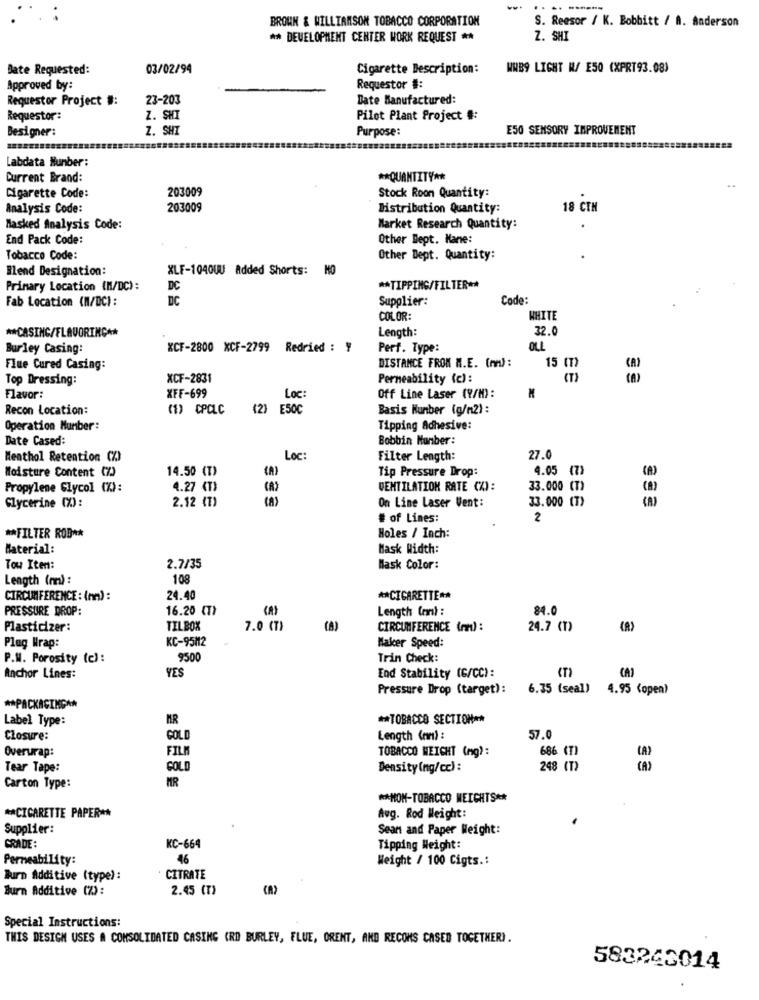
BROWN & WILLIAMSON TOBACCO CORPORATION
S. Reesor / K. Bobbitt / A. Anderson
** DEVELOPMENT CENTER WORK REQUEST **
Z. SHI
Date Requested:
03/02/94
Cigarette Description:
WWB9 LIGHT W/ E50 (XPRT93.08)
Approved by:
Requestor #:
Requestor Project #:
23-203
Date Manufactured:
Requestor:
Z. SHI
Pilot Plant Project #:
Designer:
Z. SHI
Purpose:
E50 SENSORY IMPROVEMENT
Labdata Number:
Current Brand:
** QUANTITY **
203009
Stock Room Quantity:
Cigarette Code:
Analysis Code:
203009
Distribution Quantity:
18 CTM
Masked Analysis Code:
Market Research Quantity:
End Pack Code:
Other Bept. Kane:
Tobacco Code:
Other Dept. Quantity:
Blend Designation:
XLF-1040WU Added Shorts: 10
Primary Location (N/DC):
DC
** TIPPING/FILTER **
Fab Location (M/DC) :
DC
Supplier:
Code:
COLOR:
WHITE
** CASING/FLAVORING **
Length:
32.0
Burley Casing:
XCF-2800 XCF-2799 Redried : ¥
Perf. Type:
OLL
Flue Cured Casing:
DISTANCE FROM M.E. (mm) :
15 (T)
Top Dressing:
XCF-2831
Permeability (c) :
Flavor:
XFF-699
Loc:
Off Line Laser (9/H):
Recon Location:
(1) CPCLC (2) E50C
Basis Number (g/m2) :
Operation Number:
Tipping Adhesive:
Date Cased:
Bobbin Number :
Menthol Retention CZ)
Loc
Filter Length:
27.0
14.50 (T)
Tip Pressure Drop:
4.05 (7)
Moisture Content (%)
Propylene Glycol (%):
4.27 (T)
VENTILATION RATE CZ):
33.000 (T)
2.12 (T)
On Line Laser Vent:
33.000 (T)
Glycerine (%) :
# of Lines:
2
** FILTER ROB **
Holes / Inch:
Material:
Mask Width:
Tow Item:
2.7/35
Mask Color:
Length (m) :
108
CIRCUMFERENCE : (mm) :
24.40
** CIGARETTE **
PRESSURE DROP:
16.20 (T)
Length (m) :
84.0
Plasticizer:
TILBOX
7.0 (T)
(A)
CIRCUMFERENCE (r) :
24.7 (T)
KC-95112
Plag Wrap:
Maker Speed:
P.M. Porosity (e):
9500
Trin Check:
YES
End Stability (G/CC):
Anchor Lines:
Pressure Drop (target):
6.35 (seal) 4.95 (open)
** PACKAGINGAN
Label Type:
MR
** TOBACCO SECTION **
Closure:
GOLD
Length (nm) :
57.0
Overurap:
FILI
686 (7)
TOBACCO WEICHT (mg):
Tear Tape:
COLD
Density (ng/cc) :
248 (T)
(A)
MR
Carton Type:
** NON-TOBACCO WEIGHTS **
** CIGARETTE PAPER **
Aug. Rod Weight:
Supplier:
Sean and Paper Weight:
GRADE:
KC-664
Tipping Weight:
Permeability:
46
Weight / 100 Cigts .:
Burn Additive (type):
CITRATE
Burn Additive (%):
2.45 (T)
(A)
Special Instructions:
THIS DESICH USES A CONSOLIDATED CASING (RD BURLEY, FLUE, ORENT, AND RECONS CASED TOGETHER).
583243014